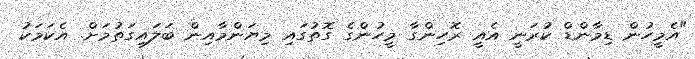
"އެމީހުން ޑިމާންޑް ކުރަނީ އެއީ ރޮހިންގާ މީހުންގެ ގޮތުގައި މިޔަންމާއިން ބަލައިގަތުމަށް. އެކަމަކު